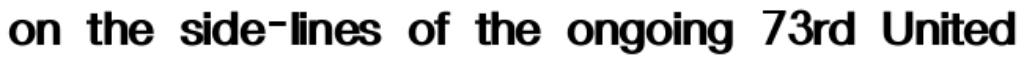
on the side-lines of the ongoing 73rd United